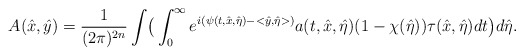
\begin{align*} A(\hat x,\hat y)=\frac{1}{(2\pi)^{2n}}\int\bigr(\int^{\infty}_0e^{i(\psi(t,\hat x,\hat\eta)-<\hat y,\hat\eta>)}a(t,\hat x,\hat\eta)(1-\chi(\hat\eta))\tau(\hat x,\hat\eta)dt\bigr)d\hat\eta.\end{align*}